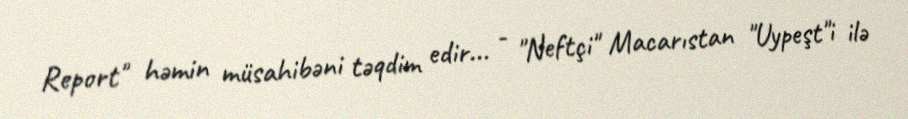
Report" həmin müsahibəni təqdim edir... - "Neftçi" Macarıstan "Uypeşt"i ilə